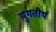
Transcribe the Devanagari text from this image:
युगतीर्थ